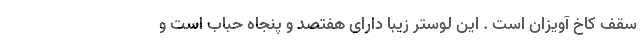
سقف کاخ آویزان است . این لوستر زیبا دارای هفتصد و پنجاه حباب است و